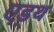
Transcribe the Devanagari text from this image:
एड्थ